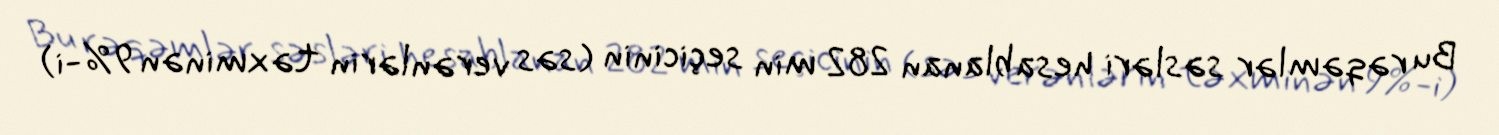
Bu rəqəmlər səsləri hesablanan 282 min seçicinin (səs verənlərin təxminən 9%-i)